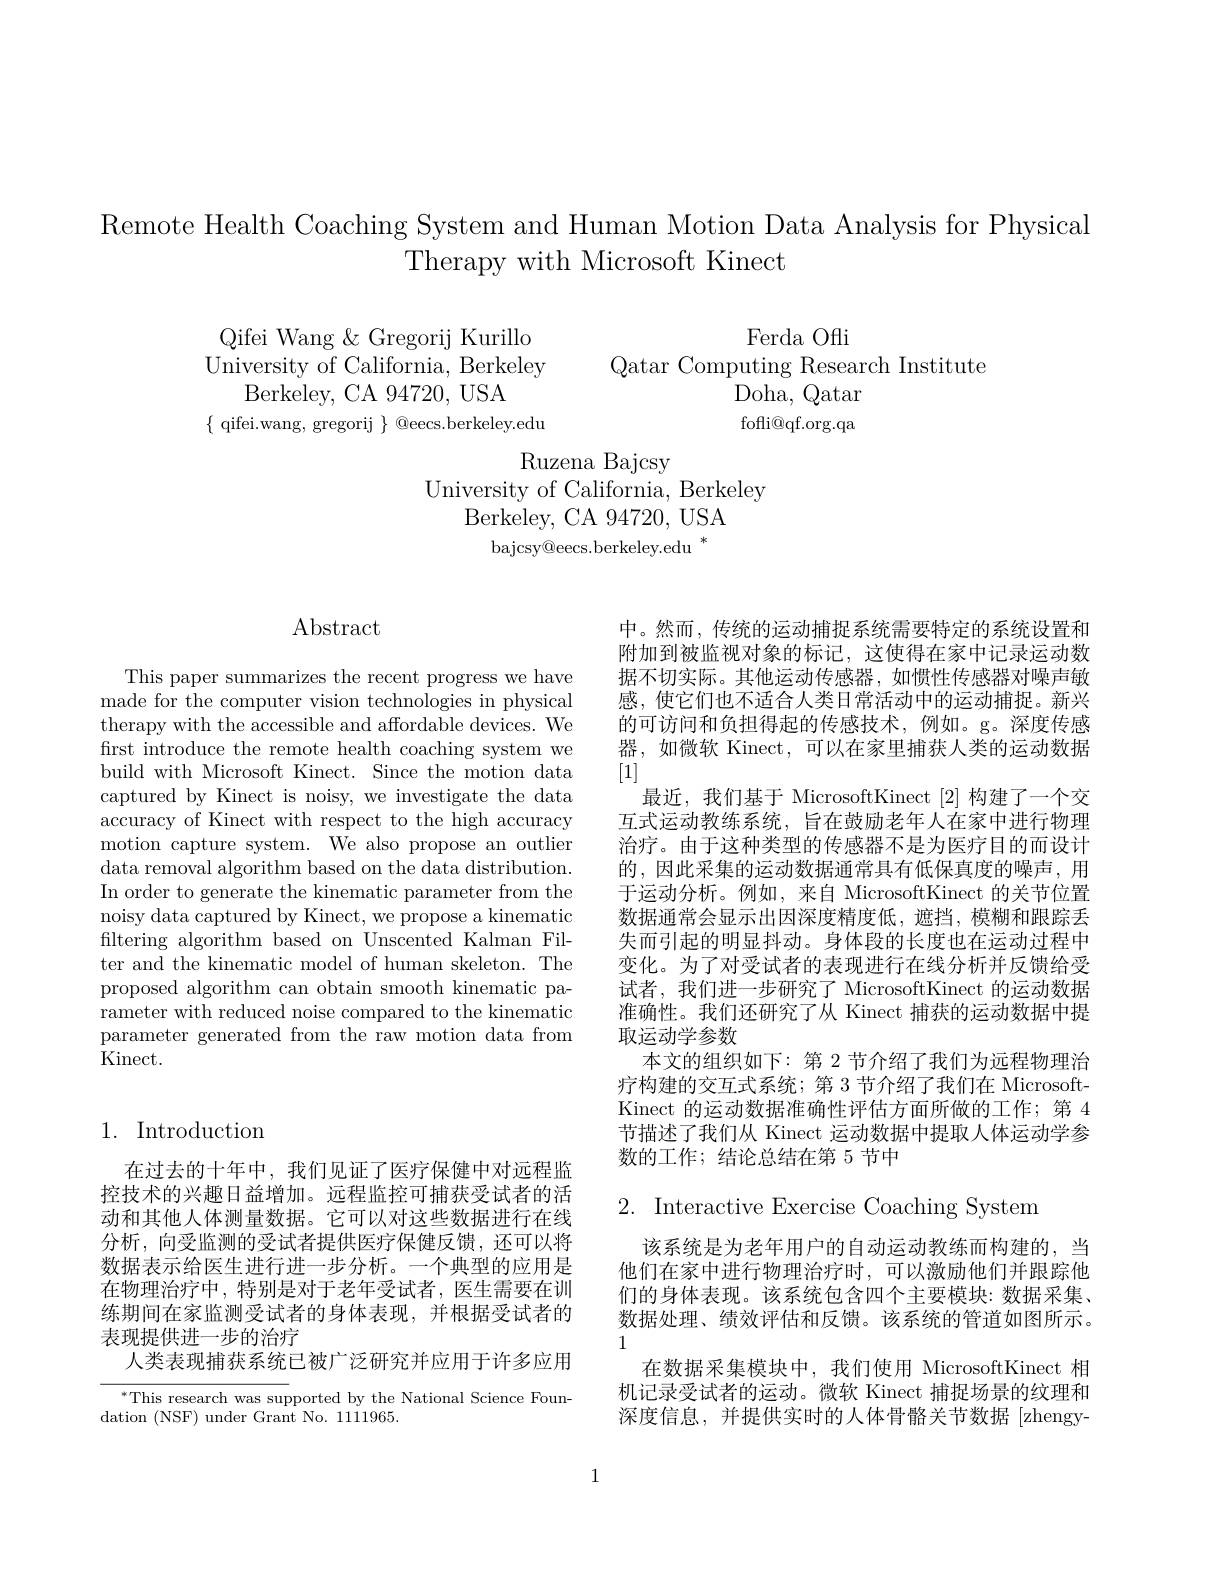
Remote Health Coaching System and Human Motion Data Analysis for Physical
Therapy with Microsoft Kinect

Ferda Ofli
Qifei Wang & Gregorij Kurillo University of California, Berkeley
Qatar Computing Research Institute
Berkeley, CA 94720, USA
Doha, Qatar
$\{$ qifei.wang, gregorij $\}$ @eecs.berkeley.edu
fofli@qf.org.qa

$\operatorname{Ruzena}\operatorname{Bajcsy}$

University of California, Berkeley

Berkeley, CA 94720, USA

bajcsy@eecs.berkeley.edu '

## $\operatorname{Abstract}$

This paper summarizes the recent progress we have made for the computer vision technologies in physical therapy with the accessible and affordable devices. We first introduce the remote health coaching system we build with Microsoft Kinect. Since the motion data captured by Kinect is noisy, we investigate the data accuracy of Kinect with respect to the high accuracy motion capture system. We also propose an outlier data removal algorithm based on the data distribution. In order to generate the kinematic parameter from the noisy data captured by Kinect, we propose a kinematic filtering algorithm based on Unscented Kalman Filter and the kinematic model of human skeleton. The proposed algorithm can obtain smooth kinematic parameter with reduced noise compared to the kinematic parameter generated from the raw motion data from Kinect.

## 1. Introduction

在过去的十年中，我们见证了医疗保健中对远程监控技术的兴趣日益增加。远程监控可捕获受试者的活动和其他人体测量数据。它可以对这些数据进行在线分析，向受监测的受试者提供医疗保健反馈，还可以将数据表示给医生进行进一步分析。一个典型的应用是在物理治疗中，特别是对于老年受试者，医生需要在训练期间在家监测受试者的身体表现，并根据受试者的表现提供进一步的治疗
人类表现捕获系统已被广泛研究并应用于许多应用

$^*$This research was supported by the National Science Foun-
dation (NSF) under Grant No. 1111965.

中。然而，传统的运动捕捉系统需要特定的系统设置和附加到被监视对象的标记，这使得在家中记录运动数据不切实际。其他运动传感器，如惯性传感器对噪声敏感，使它们也不适合人类日常活动中的运动捕捉。新兴的可访问和负担得起的传感技术，例如。g。深度传感器，如微软 Kinect,可以在家里捕获人类的运动数据[1]
最近，我们基于 MicrosoftKinect[2]构建了一个交互式运动教练系统，旨在鼓励老年人在家中进行物理治疗。由于这种类型的传感器不是为医疗目的而设计的，因此采集的运动数据通常具有低保真度的噪声，用于运动分析。例如，来自 MicrosoftKinect 的关节位置数据通常会显示出因深度精度低，遮挡，模糊和跟踪丢失而引起的明显抖动。身体段的长度也在运动过程中变化。为了对受试者的表现进行在线分析并反馈给受试者，我们进一步研究了 MicrosoftKinect 的运动数据准确性。我们还研究了从 Kinect 捕获的运动数据中提取运动学参数
本文的组织如下：第 2 节介绍了我们为远程物理治疗构建的交互式系统；第 3 节介绍了我们在 MicrosoftKinect 的运动数据准确性评估方面所做的工作；第 4节描述了我们从 Kinect 运动数据中提取人体运动学参数的工作；结论总结在第 5 节中

$2.{\mathrm{~Interactive~Exercise~Coaching~System}}$

该系统是为老年用户的自动运动教练而构建的，当他们在家中进行物理治疗时，可以激励他们并跟踪他们的身体表现。该系统包含四个主要模块：数据采集、 数据处理、绩效评估和反馈。该系统的管道如图所示。1
在数据采集模块中，我们使用 MicrosoftKinect 相机记录受试者的运动。微软 Kinect 捕捉场景的纹理和深度信息，并提供实时的人体骨骼关节数据[zhengy-

1